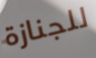
للجنازة